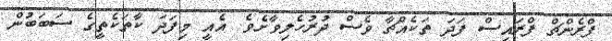
ފްރެންޗް ފްރައިސް ފަދަ ތަކެއްޗާ ވެސް ދުރުހެލިވާށެވެ. އެއީ މިފަދަ ކާތަކެތީގެ ސަބަބުން